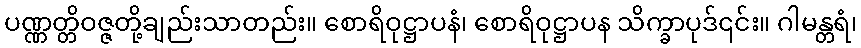
ပဏ္ဏတ္တိဝဇ္ဇတို့ချည်းသာတည်း။ စောရိဝုဋ္ဌာပနံ၊ စောရိဝုဋ္ဌာပန သိက္ခာပုဒ်၎င်း။ ဂါမန္တရံ၊